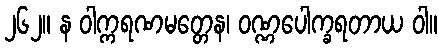
၂၆၂။ န ဝါက္ကရဏမတ္တေန၊ ဝဏ္ဏပေါက္ခရတာယ ဝါ။